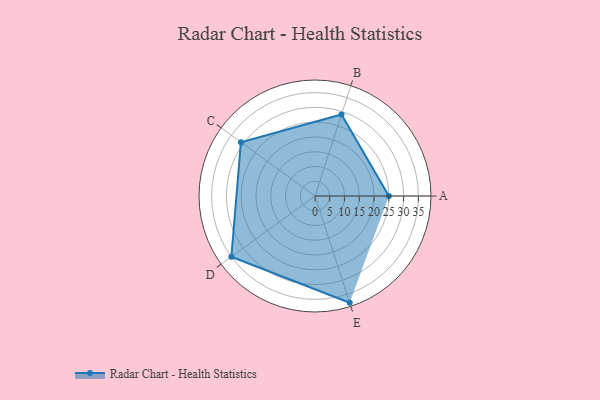
{"axis": {"x": "Skill", "y": "Score"}, "legend": ["Profile"], "data": [{"x": "A", "y": 25.0, "type": "Profile"}, {"x": "B", "y": 29.0, "type": "Profile"}, {"x": "C", "y": 31.0, "type": "Profile"}, {"x": "D", "y": 35.0, "type": "Profile"}, {"x": "E", "y": 38.0, "type": "Profile"}]}